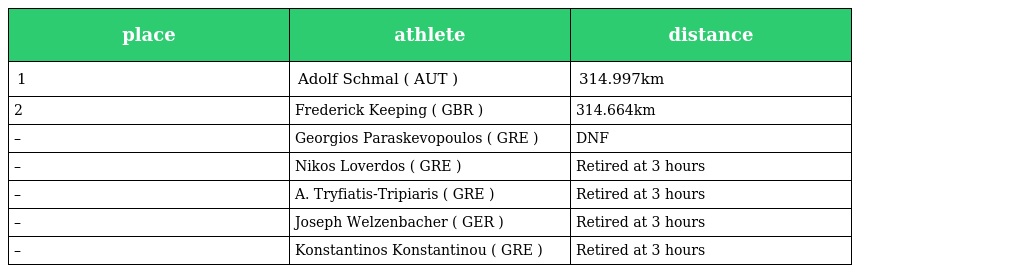
| place | athlete | distance |
 | --- | --- | --- |
 | 1 | Adolf Schmal ( AUT ) | 314.997km |
 | 2 | Frederick Keeping ( GBR ) | 314.664km |
 | – | Georgios Paraskevopoulos ( GRE ) | DNF |
 | – | Nikos Loverdos ( GRE ) | Retired at 3 hours |
 | – | A. Tryfiatis-Tripiaris ( GRE ) | Retired at 3 hours |
 | – | Joseph Welzenbacher ( GER ) | Retired at 3 hours |
 | – | Konstantinos Konstantinou ( GRE ) | Retired at 3 hours |